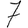
Digit: 7